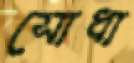
সোধা